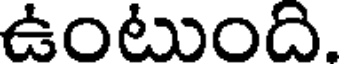
ఉంటుంది.